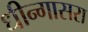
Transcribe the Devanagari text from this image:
धीन्गासरा